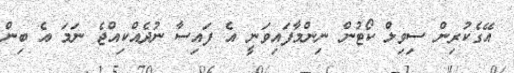
އޭގެކުރިން ސިވިލް ކޯޓުން ނިންމާފައިވަނީ އެ ފައިސާ ނުދެއްކިއްޖެ ނަމަ އެ ބިން